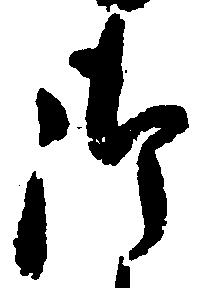
御